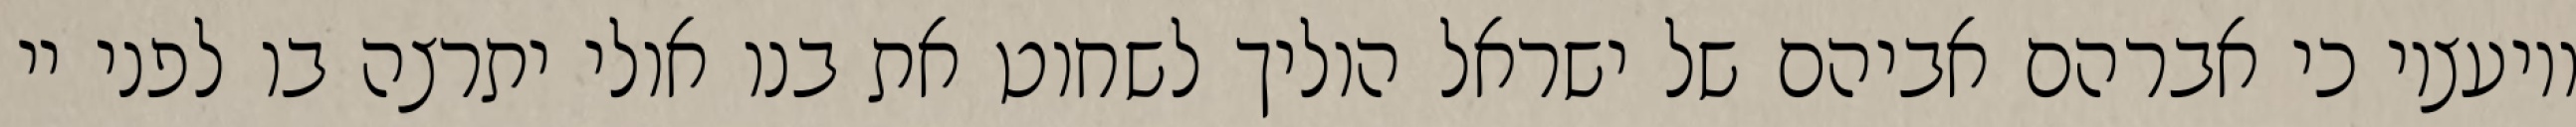
ויועציו כי אברהם אביהם של ישראל הוליך לשחוט את בנו אולי יתרצה בו לפני יי